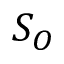
S _ { O }